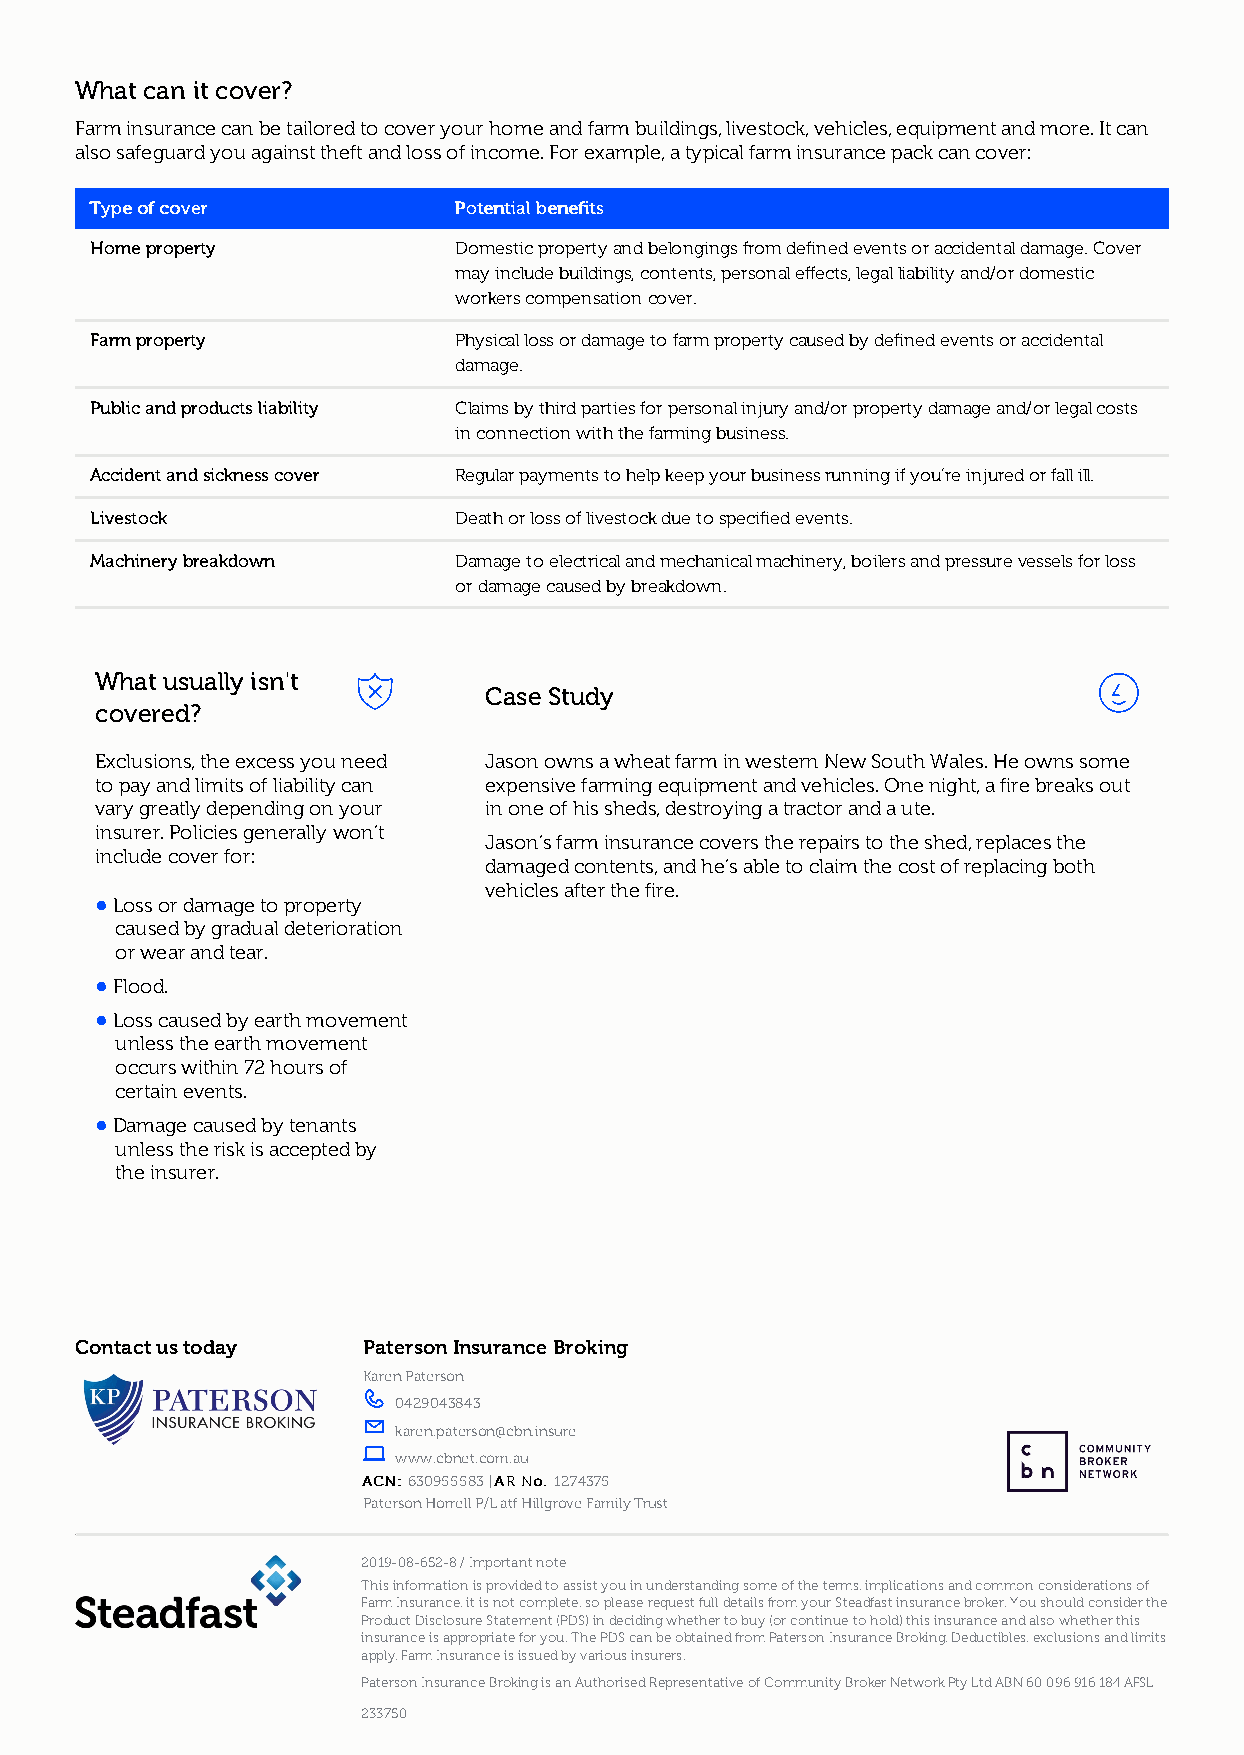
What can it cover?
 Farm insurance can be tailored to cover your home and farm buildings, livestock, vehicles, equipment and more. It can
 also safeguard you against theft and loss of income. For example, a typical farm insurance pack can cover:
 TTyyppee ooff ccoovveerr PPootteennttiiaall bbeenneeffiittss
 Home property           Domestic property and belongings from defined events or accidental damage. Cover
 may include buildings, contents, personal effects, legal liability and/or domestic
 workers compensation cover.
 Farm property           Physical loss or damage to farm property caused by defined events or accidental
 damage.
 Public and products liability Claims by third parties for personal injury and/or property damage and/or legal costs
 in connection with the farming business.
 Accident and sickness cover Regular payments to help keep your business running if you’re injured or fall ill.
 Livestock               Death or loss of livestock due to specified events.
 Machinery breakdown     Damage to electrical and mechanical machinery, boilers and pressure vessels for loss
 or damage caused by breakdown.
 What usually isn't
 Case Study
 covered?
 Exclusions, the excess you need Jason owns a wheat farm in western New South Wales. He owns some
 to pay and limits of liability can expensive farming equipment and vehicles. One night, a fire breaks out
 vary greatly depending on your in one of his sheds, destroying a tractor and a ute.
 insurer. Policies generally won’t
 Jason’s farm insurance covers the repairs to the shed, replaces the
 include cover for:
 damaged contents, and he’s able to claim the cost of replacing both
 vehicles after the fire.
 • Loss or damage to property
 caused by gradual deterioration
 or wear and tear.
 • Flood.
 • Loss caused by earth movement
 unless the earth movement
 occurs within 72 hours of
 certain events.
 • Damage caused by tenants
 unless the risk is accepted by
 the insurer.
 Contact us today   Paterson Insurance Broking
 Karen Paterson
 
 0429043843
 
 karen.paterson@cbn.insure
 
 www.cbnet.com.au
 AACCNN:: 630955583 | AARR NNoo.. 1274375
 Paterson Horrell P/L atf Hillgrove Family Trust
 2019-08-652-8 / Important note
 This information is provided to assist you in understanding some of the terms, implications and common considerations of
 Farm Insurance, it is not complete, so please request full details from your Steadfast insurance broker. You should consider the
 Product Disclosure Statement (PDS) in deciding whether to buy (or continue to hold) this insurance and also whether this
 insurance is appropriate for you. The PDS can be obtained from Paterson Insurance Broking. Deductibles, exclusions and limits
 apply. Farm Insurance is issued by various insurers.
 Paterson Insurance Broking is an Authorised Representative of Community Broker Network Pty Ltd ABN 60 096 916 184 AFSL
 233750